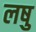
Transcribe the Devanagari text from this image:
लषु